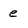
Character: e